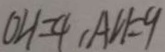
O H = 4 , A H = 9